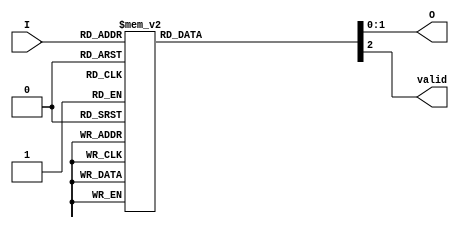
module relative_encoder (
    input wire [3:0] I,   // 4 input signals: I0, I1, I2, I3
    output reg [1:0] O,   // 2-bit output
    output reg valid       // Valid signal to indicate if any input is active
);

// Combinational logic for encoding
always @(*) begin
    case (I)
        4'b0001: begin
            O = 2'b00; // I0 active
            valid = 1'b1;
        end
        4'b0010: begin
            O = 2'b01; // I1 active
            valid = 1'b1;
        end
        4'b0100: begin
            O = 2'b10; // I2 active
            valid = 1'b1;
        end
        4'b1000: begin
            O = 2'b11; // I3 active
            valid = 1'b1;
        end
        4'b0011: begin
            O = 2'b01; // I1 or I0 active, priority to I1
            valid = 1'b1;
        end
        4'b0101: begin
            O = 2'b10; // I2 or I0 active, priority to I2
            valid = 1'b1;
        end
        4'b0110: begin
            O = 2'b10; // I2 or I1 active, priority to I2
            valid = 1'b1;
        end
        4'b1001: begin
            O = 2'b11; // I3 or I0 active, priority to I3
            valid = 1'b1;
        end
        4'b1010: begin
            O = 2'b11; // I3 or I1 active, priority to I3
            valid = 1'b1;
        end
        4'b1100: begin
            O = 2'b11; // I3 or I2 active, priority to I3
            valid = 1'b1;
        end
        default: begin
            O = 2'b00; // No inputs active or multiple inputs active
            valid = 1'b0; // No valid input
        end
    endcase
end

endmodule